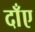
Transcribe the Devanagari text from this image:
दाँए